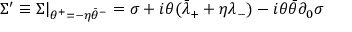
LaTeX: \Sigma ^ { \prime } \equiv \Sigma | _ { \theta ^ { + } = - \eta \bar { \theta } ^ { - } } = \sigma + i \theta ( \bar { \lambda } _ { + } + \eta \lambda _ { - } ) - i \theta \bar { \theta } \partial _ { 0 } \sigma